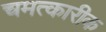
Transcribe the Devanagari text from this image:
चमत्कारीक